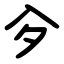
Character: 㒱